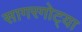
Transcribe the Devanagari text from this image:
सागरगोट्या